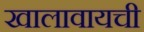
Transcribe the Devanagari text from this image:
खालावायची